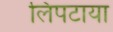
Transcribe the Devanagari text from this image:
लिपटाया